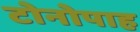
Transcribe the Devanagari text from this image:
टोनोपाह